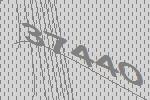
37440